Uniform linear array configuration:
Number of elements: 12
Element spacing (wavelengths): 0.75
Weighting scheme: binomial
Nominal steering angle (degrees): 0
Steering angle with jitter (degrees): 0.8768
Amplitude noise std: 0.05
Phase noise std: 0.05

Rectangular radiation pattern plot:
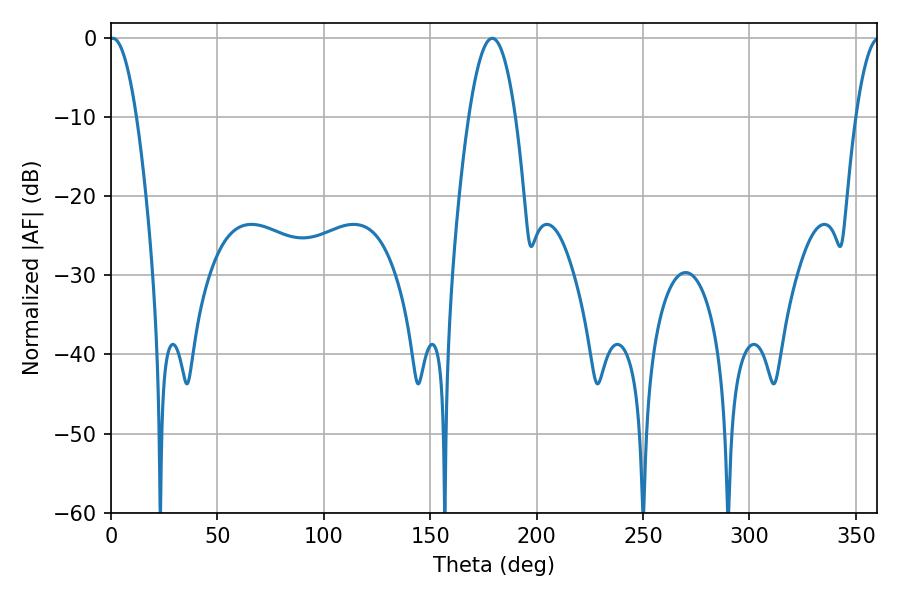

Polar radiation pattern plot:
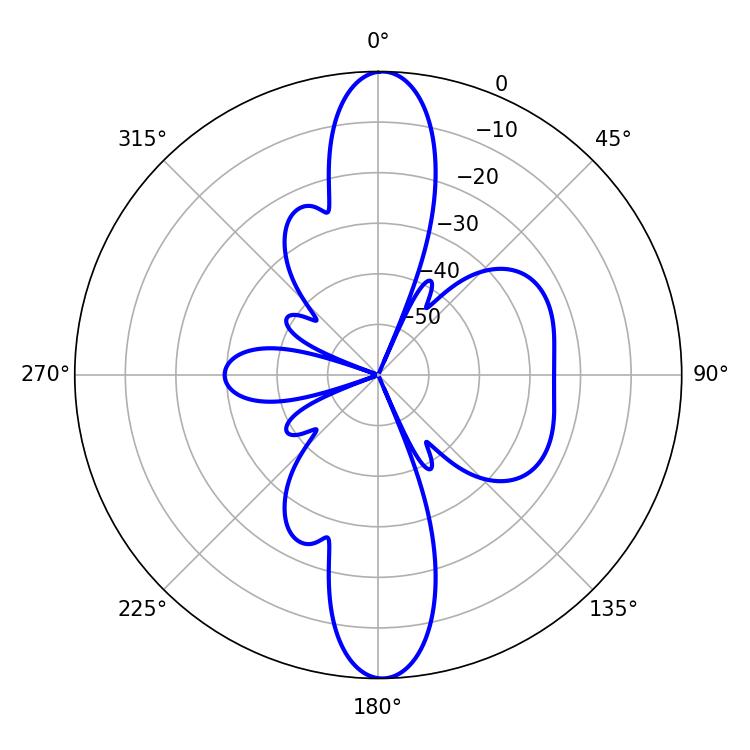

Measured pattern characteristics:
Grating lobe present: TRUE
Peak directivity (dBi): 22.739
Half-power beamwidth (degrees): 6.84
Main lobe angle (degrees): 0.9